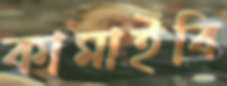
কামাইবি